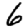
Digit: 6